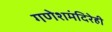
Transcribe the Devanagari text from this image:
गणेशमंदिरेही